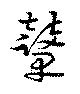
鼙